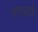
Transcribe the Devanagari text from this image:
भागआणि